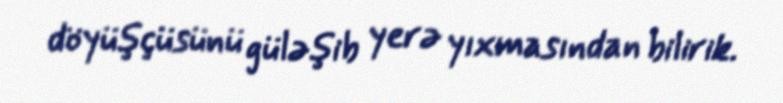
döyüşçüsünü güləşib yerə yıxmasından bilirik.